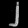
Digit: ၂